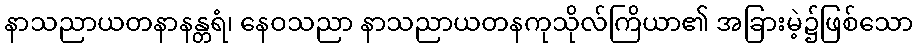
နာသညာယတနာနန္တရံ၊ နေဝသညာ နာသညာယတနကုသိုလ်ကြိယာ၏ အခြားမဲ့၌ဖြစ်သော